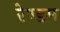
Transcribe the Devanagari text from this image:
रेण्डम